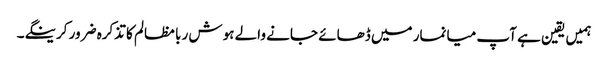
ہمیں یقین ہے آپ میانمار میں ڈھائے جانے والے ہوش ربا مظالم کا تذکرہ ضرور کرینگے۔